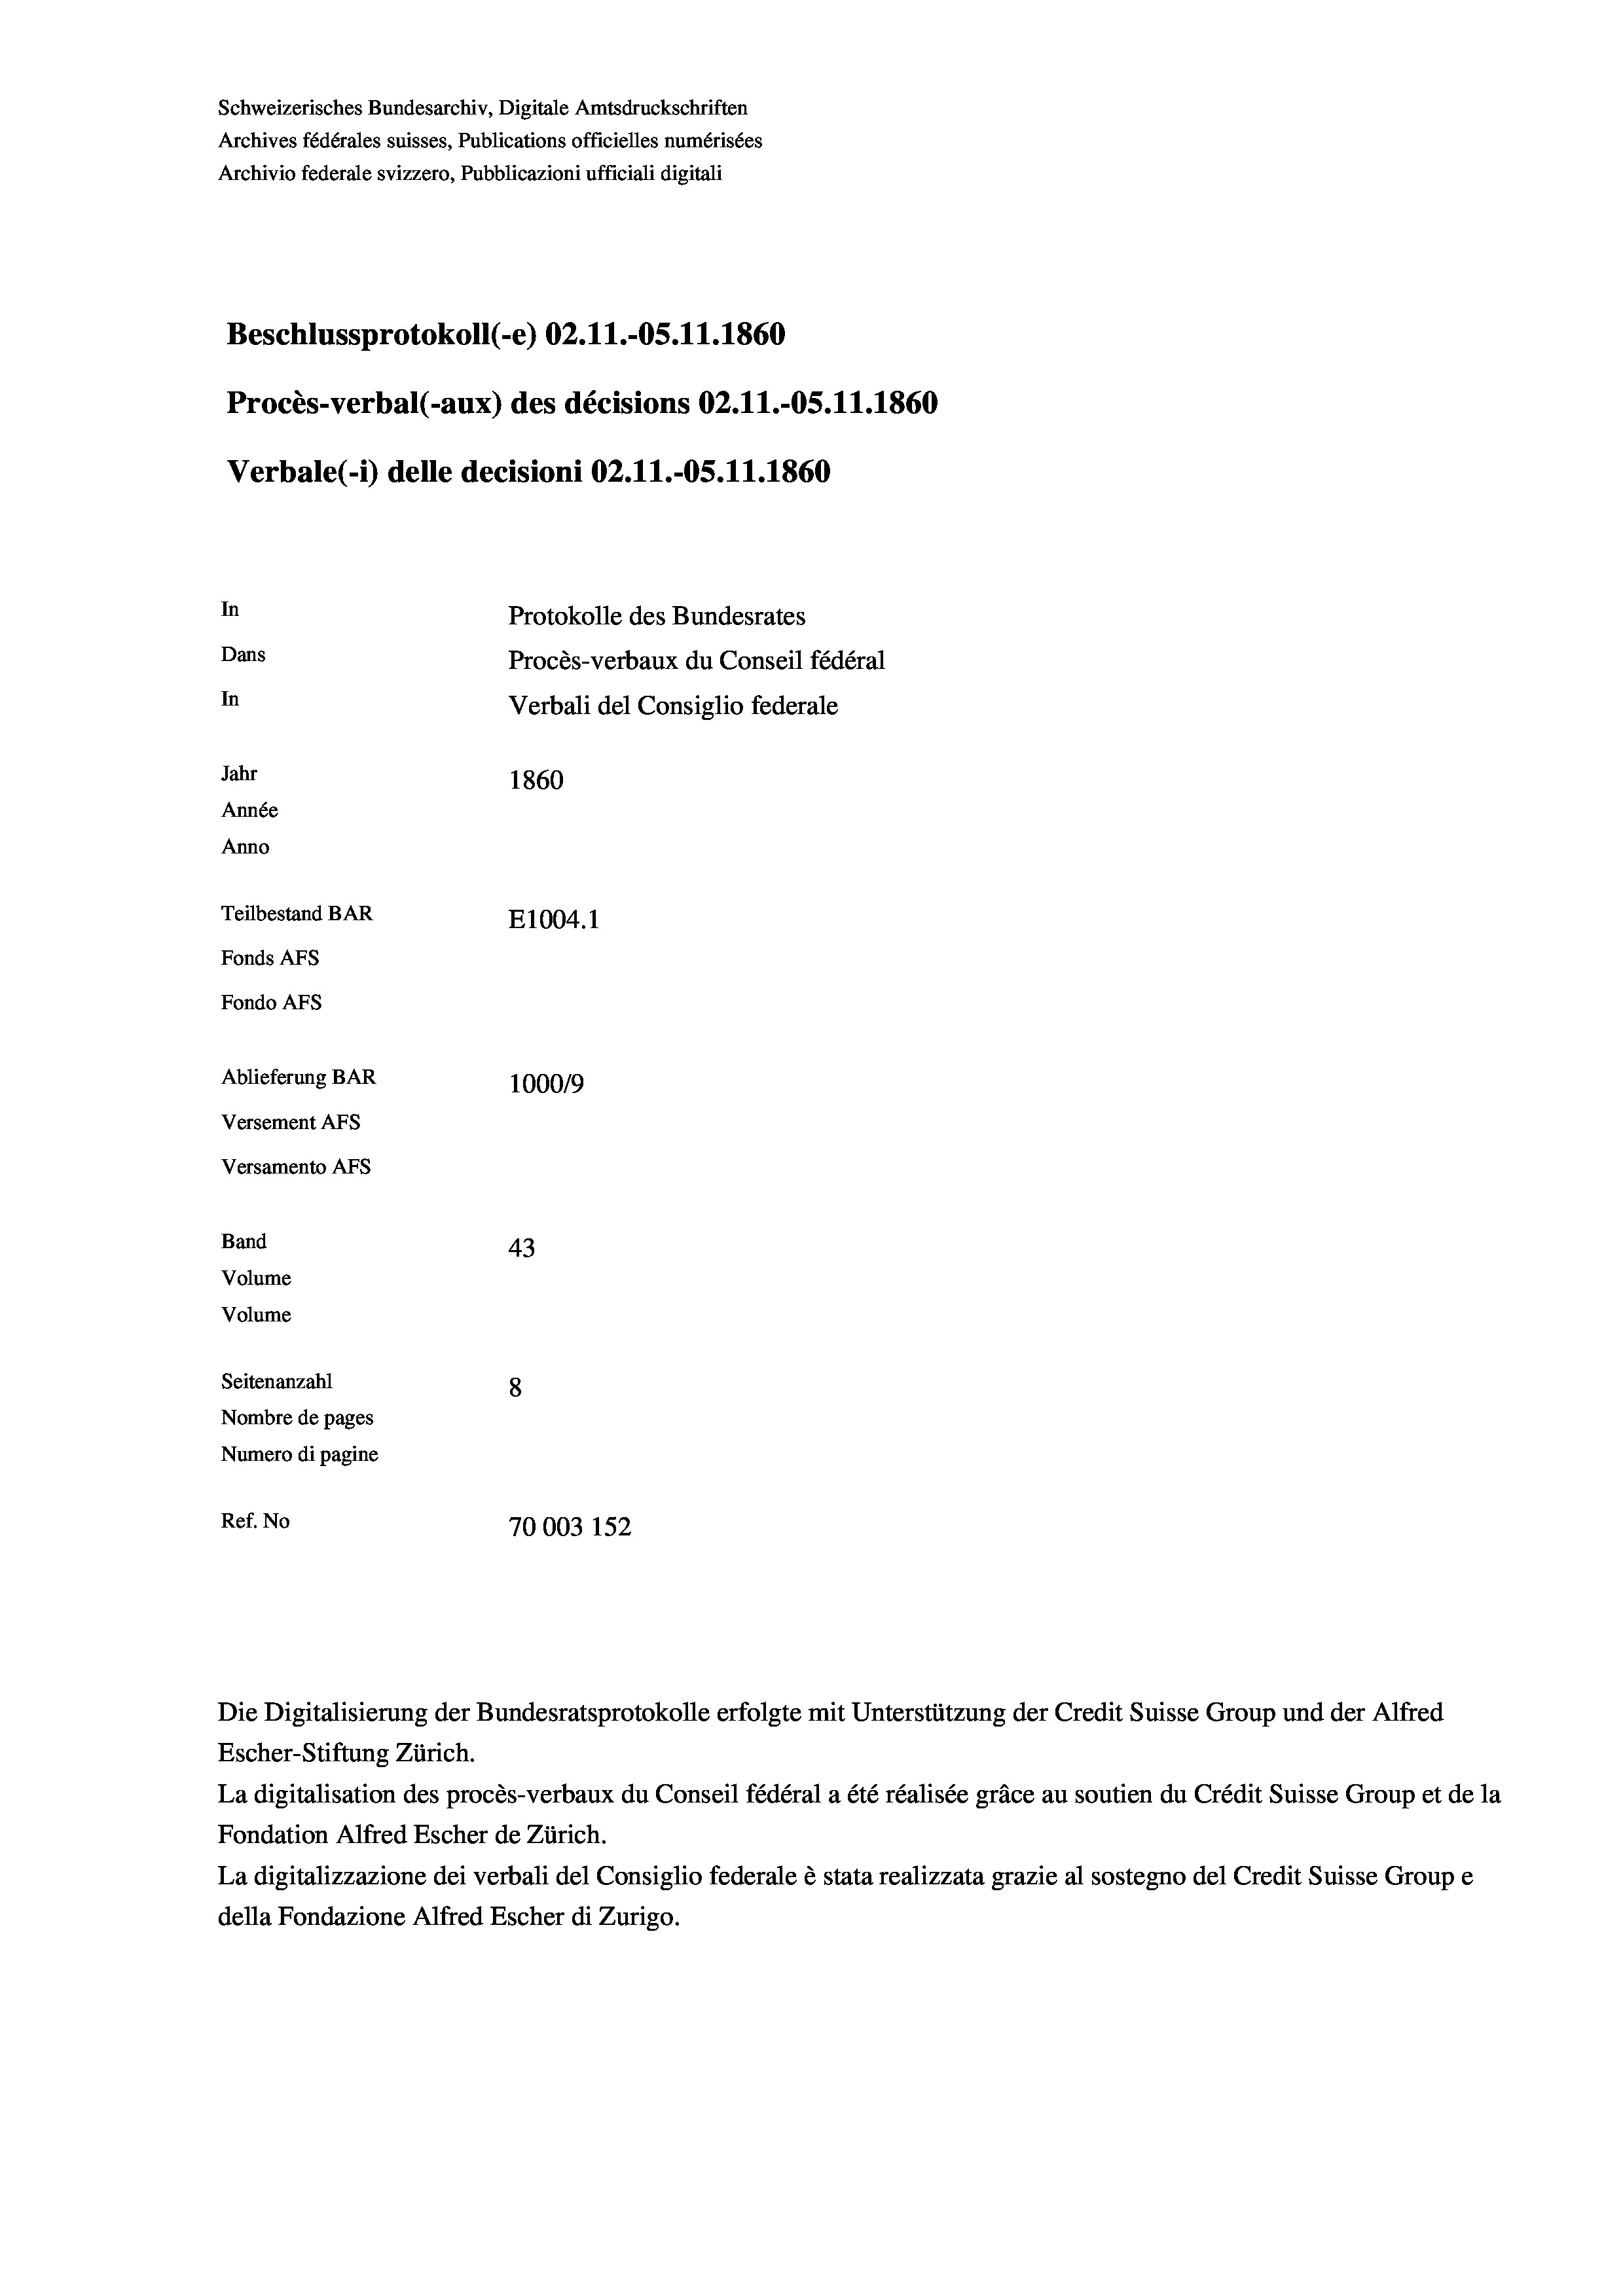
Schweizerisches Bundesarchiv, Digitale Amtsdruckschriften
Archives fédérales suisses, Publications officielles numérisées
Archivio federale svizzero, Pubblicazioni ufficiali digitali
Beschlussprotokoll (-e) 02.11.-05. 11. 1860
Procès-verbal (-aux) des décisions 02.11.-OS.11.1860
Verbale (1) delle decisioni 02.11.-OS. 11. 1860
In
Protokolle des Bundesrates
Dans
Procès-verbaux du Conseil fédéral
In
Verbali del Consiglio federale
Jahr
1860
Année
Anno
Teilbestand BAR
E1004. 1
Fonds AFs
Fondo Afs
Ablieferung BAR
100019
Versement AFs
Versamento Afs
Band
43
Volume
Volume
Seitenanzahl
8
Nombre de pages
Numero di pagine
Ref. No
70003 152

Escher-Stiftung Zürich.
La digitalisation des procès-verbaux du Conseil fédéral a été réalisée gräce au soutien du Crédit Suisse Group et de la
Fondation Alfred Escher de Zürich.
La digitalizzazione dei verbali del Consiglio federale è stata realizzata grazie al sostegno del Credit Suisse Groupe
della Fondazione Alfred Escher di Zurigo.

Die Digitalisierung der Bundesratsprotokolle erfolgte mit Unterstützung der Credit Suisse Group und der Alfred